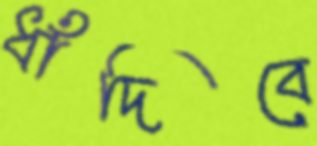
ধাঁদিবে